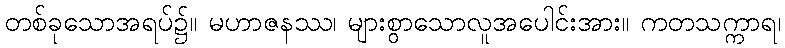
တစ်ခုသောအရပ်၌။ မဟာဇနဿ၊ များစွာသောလူအပေါင်းအား။ ကတသက္ကာရ၊